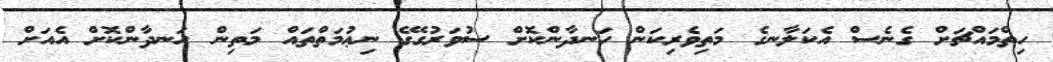
ހިތްމައްޗަށް ގެނެސް އެކަލާނގެ މަތިވެރިކަން ހަނދާންކޮށް ސުވަރުގޭގެ ނިޢުމަތްތައް މަތިން ހަނދާންކޮށް އެއަށް